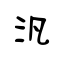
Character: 汎